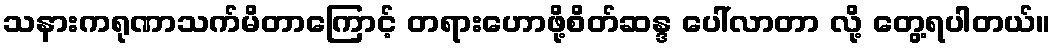
သနားကရုဏာသက်မိတာကြောင့် တရားဟောဖို့စိတ်ဆန္ဒ ပေါ်လာတာ လို့ တွေ့ရပါတယ်။